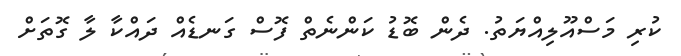
ކުރި މަސްއޫލިއްޔަތު. ދެން ބޮޑު ކަންނެތް ފޮސް ގަނޑެއް ދައްކާ ލާ ގޮތަށް